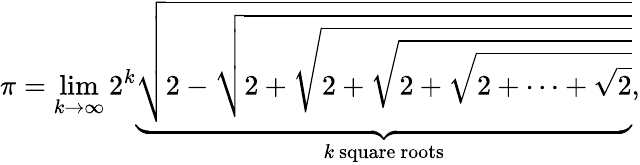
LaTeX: \pi=\operatorname*{lim}_{k\to\infty}2^{k}\underbrace{\sqrt{2-{\sqrt{2+{\sqrt{2+{\sqrt{2+{\sqrt{2+\cdots+{\sqrt{2}}}}}}}}}}}}_{k\ \mathrm{square}\ \mathrm{roots}},